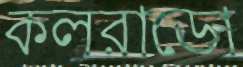
কলরাডো